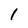
Character: 1